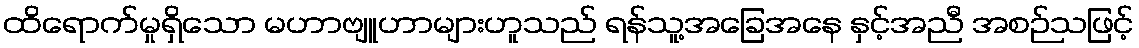
ထိရောက်မှုရှိသော မဟာဗျူဟာများဟူသည် ရန်သူ့အခြေအနေ နှင့်အညီ အစဉ်သဖြင့်